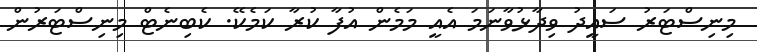
މިނިސްޓަރު ސައީދު ވިދާޅުވާނަމަ އެއީ މަމެން އުފާ ކުރާ ކަމެކޭ. ކެބިނެޓް މިނިސްޓަރުން